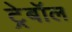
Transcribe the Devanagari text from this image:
ट्रेबॉल